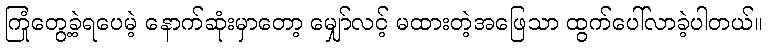
ကြုံတွေ့ခဲ့ရပေမဲ့ နောက်ဆုံးမှာတော့ မျှော်လင့် မထားတဲ့အဖြေသာ ထွက်ပေါ်လာခဲ့ပါတယ်။